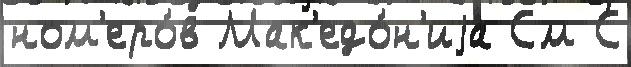
ном'еро́в Мак'едо́н'иjа См С